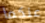
عنكما